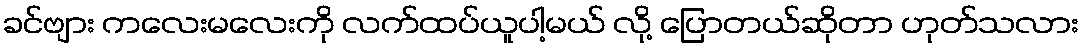
ခင်ဗျား ကလေးမလေးကို လက်ထပ်ယူပါ့မယ် လို့ ပြောတယ်ဆိုတာ ဟုတ်သလား